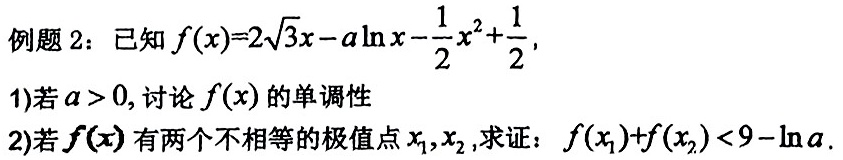
例题 2：已知$f(x)=2\sqrt{3}x - a\ln x - \frac{1}{2}x^{2}+\frac{1}{2}$,
1)若$a > 0$, 讨论$f(x)$的单调性
2)若$f(x)$有两个不相等的极值点$x_1,x_2$, 求证：$f(x_1)+f(x_2)<9 - \ln a$.